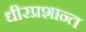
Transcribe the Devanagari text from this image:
धीरप्रशान्त